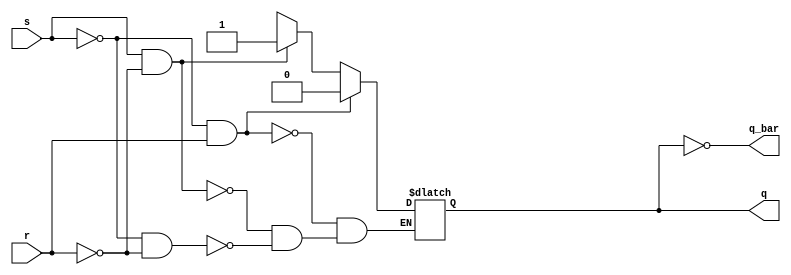
// This program was cloned from: https://github.com/Aryavardhan37/Verilog_codes
// License: MIT License

module sr_latch(input s, input r, output reg q, output reg q_bar);
    always @(s, r)
        if (~s & r)
            q <= 0;
        else if (s & ~r)
            q <= 1;
        else if (~s & ~r)
            q <= 1'bz;
    always @(s, r)
        q_bar = ~q;
endmodule